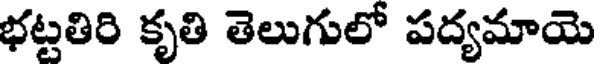
భట్టతిరి కృతి తెలుగులో పద్యమాయె